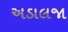
અડાલજા